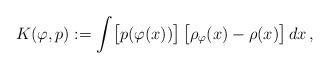
LaTeX: \begin{align*}K(\varphi,p):=\int\bigl[p(\varphi(x))\bigr]\,\bigl[\rho_\varphi(x)-\rho(x)\bigr]\,dx\,,\end{align*}